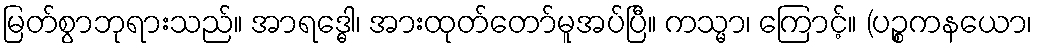
မြတ်စွာဘုရားသည်။ အာရဒ္ဓေါ၊ အားထုတ်တော်မူအပ်ပြီ။ ကသ္မာ၊ ကြောင့်။ (ပဉ္စကနယော၊